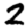
Digit: 2